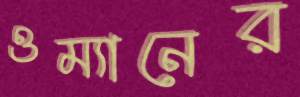
ওম্যানের